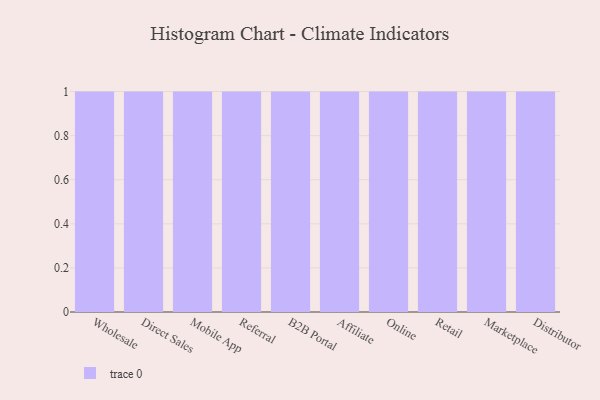
{"axis": {"x": "Channel", "y": "Bounce Rate (%)"}, "legend": [""], "data": [{"x": "Wholesale", "y": 98, "type": ""}, {"x": "Direct Sales", "y": 32, "type": ""}, {"x": "Mobile App", "y": 11, "type": ""}, {"x": "Referral", "y": 47, "type": ""}, {"x": "B2B Portal", "y": 44, "type": ""}, {"x": "Affiliate", "y": 13, "type": ""}, {"x": "Online", "y": 3, "type": ""}, {"x": "Retail", "y": 18, "type": ""}, {"x": "Marketplace", "y": 65, "type": ""}, {"x": "Distributor", "y": 46, "type": ""}]}